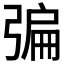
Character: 𢐃